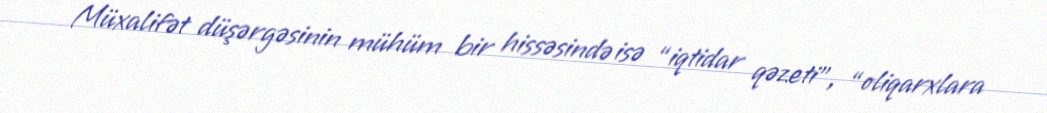
Müxalifət düşərgəsinin mühüm bir hissəsində isə “iqtidar qəzeti”, “oliqarxlara